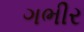
ગભીર